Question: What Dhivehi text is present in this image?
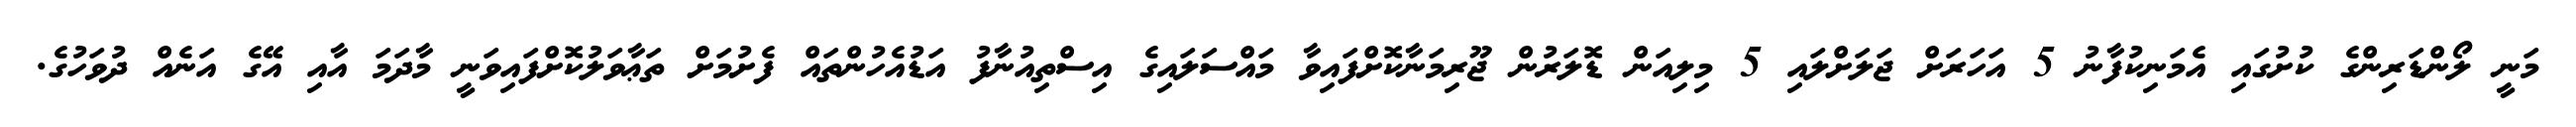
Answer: މަނީ ލޯންޑަރިންގެ ކުށުގައި އެމަނިކުފާނު 5 އަހަރަށް ޖަލަށްލައި 5 މިލިއަން ޑޮލަރުން ޖޫރިމަނާކޮށްފައިވާ މައްސަލައިގެ އިސްތިއުނާފު އަޑުއެހުންތައް ފެށުމަށް ތަޢާވަލުކޮށްފައިވަނީ މާދަމަ އާއި އޭގެ އަނެއް ދުވަހުގެ.